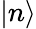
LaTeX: \lvert n\rangle